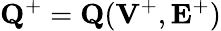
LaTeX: {\mathbf Q}^{+}={\mathbf Q}({{\mathbf V}}^{+},{{\mathbf E}}^{+})